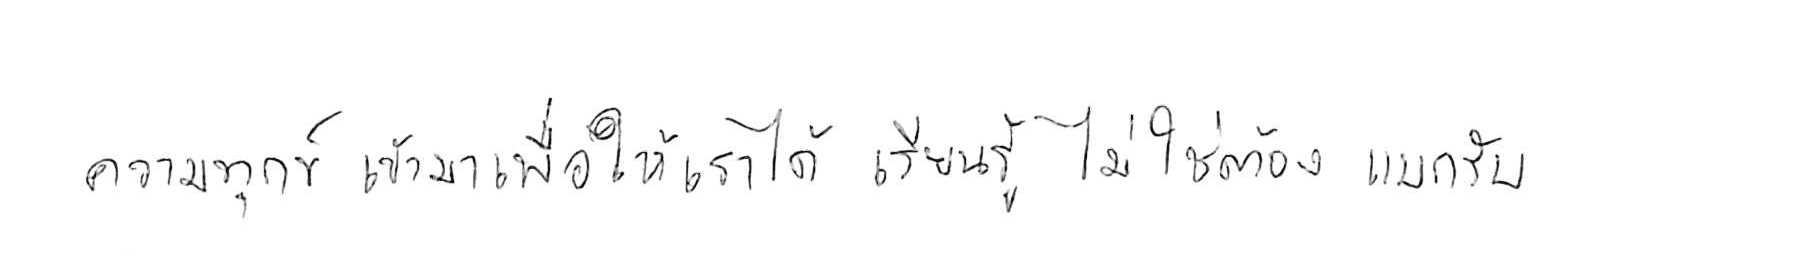
ความทุกข์ เข้ามาเพื่อให้เราได้ เรียนรู้ ไม่ใช่ต้อง แบกรับ